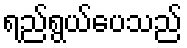
ရည်ရွယ်ပေသည်